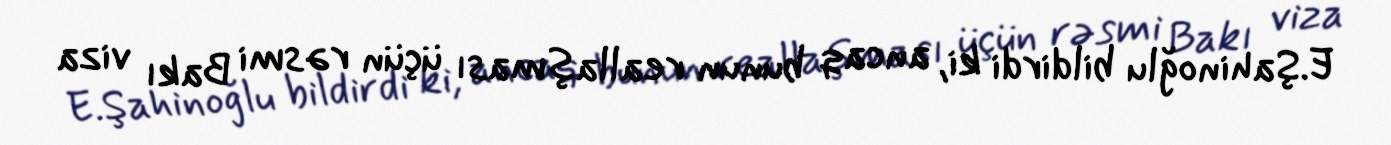
E.Şahinoğlu bildirdi ki, ancaq bunun reallaşması üçün rəsmi Bakı viza